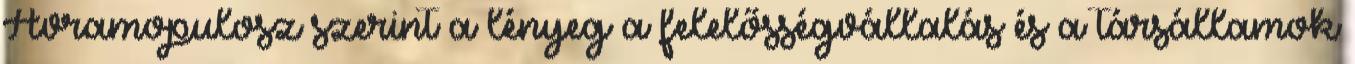
Avramopulosz szerint a lényeg a felelősségvállalás és a társállamok